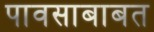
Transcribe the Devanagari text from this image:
पावसाबाबत